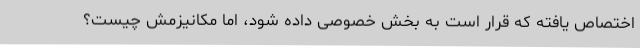
اختصاص یافته که قرار است به بخش خصوصی داده شود، اما مکانیزمش چیست؟